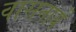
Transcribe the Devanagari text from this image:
वासनायें